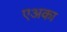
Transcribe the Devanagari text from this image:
एअका